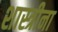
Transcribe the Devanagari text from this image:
शास्त्रीना